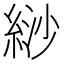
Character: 𦀛